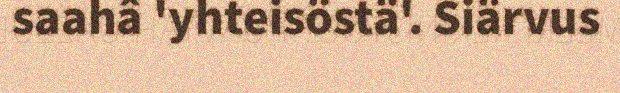
saahâ 'yhteisöstä'. Siärvus